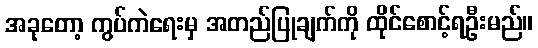
အခုတော့ ကွပ်ကဲရေးမှ အတည်ပြုချက်ကို ထိုင်စောင့်ရဦးမည်။